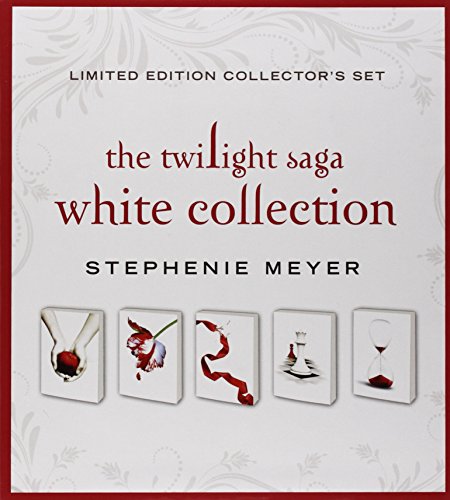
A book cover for The Twilight Saga White Collection; Stephenie Meyer; Teen & Young Adult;